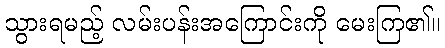
သွားရမည့် လမ်းပန်းအကြောင်းကို မေးကြ၏။